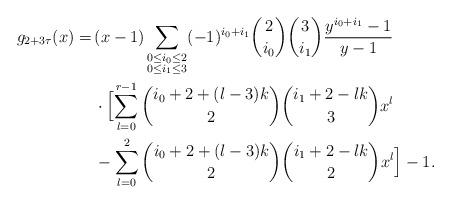
LaTeX: \begin{align*}g_{2+3\tau}(x)=\,&(x-1)\sum_{\substack{0\le i_0\le 2\cr 0\le i_1\le 3}}(-1)^{i_0+i_1}\binom 2{i_0}\binom 3{i_1}\frac{y^{i_0+i_1}-1}{y-1}\cr&\cdot\Bigl[\sum_{l=0}^{r-1}\binom{i_0+2+(l-3)k}2\binom{i_1+2-lk}3x^l\cr&-\sum_{l=0}^2\binom{i_0+2+(l-3)k}2\binom{i_1+2-lk}2x^l\Bigr]-1.\end{align*}